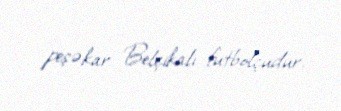
peşəkar Belçikalı futbolçudur.